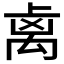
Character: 𥜾